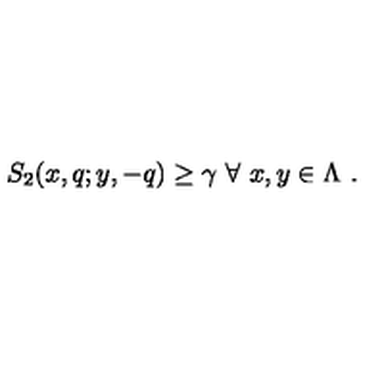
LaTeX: \left. S _ { 2 } ( x , q ; y , - q ) \geq \gamma \ \forall \ x , y \in \Lambda \ . \right.